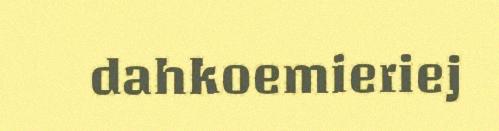
dahkoemieriej